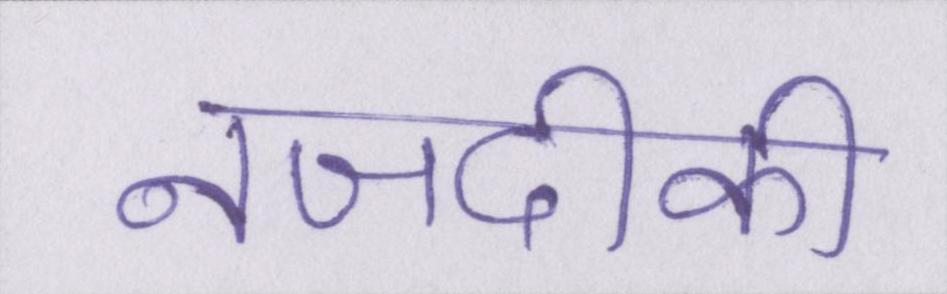
नजदीकी